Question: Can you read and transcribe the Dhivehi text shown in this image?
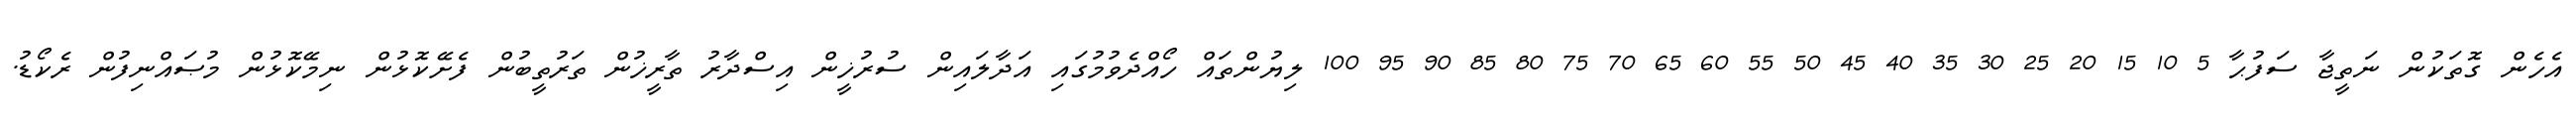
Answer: އެހެން ގޮތަކުން ނަތީޖާ ސަފުޙާ 5 10 15 20 25 30 35 40 45 50 55 60 65 70 75 80 85 90 95 100 ލިޔުންތައް ހޯއްދެވުމުގައި އަދާލައިން ސުރުޚީން އިސްދާރު ތާރީޚުން ތަރުތީބުން ފެށޭކޮޅުން ނިމޭކޮޅުން މުޞައްނިފުން ރެކޯޑު.